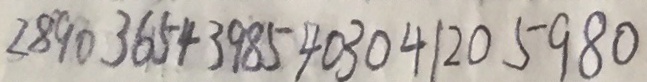
2 8 9 0 3 6 5 4 3 9 8 5 4 0 3 0 4 1 2 0 5 9 8 0